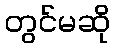
တွင်မဆို